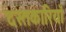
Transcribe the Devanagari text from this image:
दस्तकारियाँ